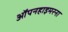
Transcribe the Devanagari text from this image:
ऑपनहाइमरना